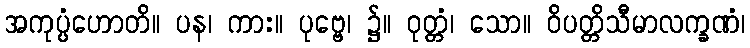
အကုပ္ပံဟောတိ။ ပန၊ ကား။ ပုဗ္ဗေ၊ ၌။ ဝုတ္တံ၊ သော။ ဝိပတ္တိသီမာလက္ခဏံ၊